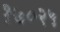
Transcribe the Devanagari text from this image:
१७०२५